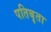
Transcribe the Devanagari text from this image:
पतिबृता